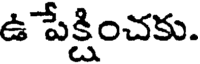
ఉ పేక్షించకు.